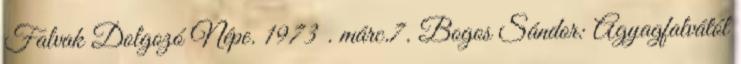
Falvak Dolgozó Népe. 1973 . márc.7. Bogos Sándor: Agyagfalvától